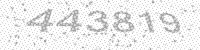
Solution: 443819